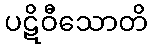
ပဋိဝီသောတိ